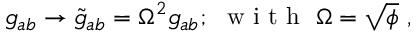
g _ { a b } \rightarrow \tilde { g } _ { a b } = \Omega ^ { 2 } g _ { a b } ; ~ \textrm { w i t h } ~ \Omega = \sqrt { \phi } ~ ,